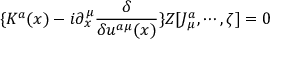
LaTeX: \{ K ^ { a } ( x ) - i \partial _ { x } ^ { \mu } \frac \delta { \delta u ^ { a \mu } ( x ) } \} Z [ J _ { \mu } ^ { a } , \cdots , \zeta ] = 0